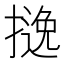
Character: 𱠵